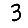
Digit: 3